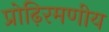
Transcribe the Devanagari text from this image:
प्रोढ़िरमणीय